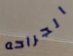
الجراحه